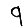
Digit: 9